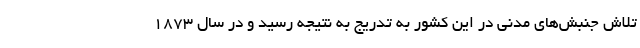
تلاش جنبش‌های مدنی در این کشور به تدریج به نتیجه رسید و در سال ۱۸۷۳